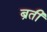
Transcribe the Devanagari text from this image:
ब्रती